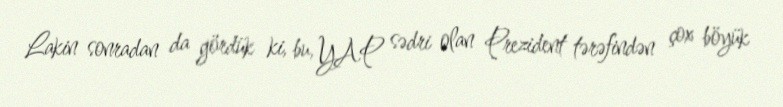
Lakin sonradan da gördük ki, bu, YAP sədri olan Prezident tərəfindən çox böyük